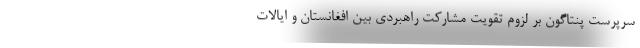
سرپرست پنتاگون بر لزوم تقویت مشارکت راهبردی بین افغانستان و ایالات